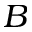
B